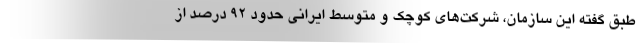
طبق گفته این سازمان، شرکت‌های کوچک و متوسط ایرانی حدود 92 درصد از